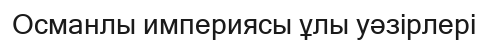
Османлы империясы ұлы уәзірлері